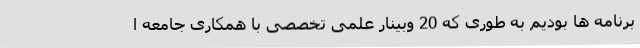
برنامه ها بودیم به طوری که 20 وبینار علمی تخصصی با همکاری جامعه ا